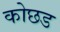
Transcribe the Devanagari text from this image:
कोछड